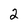
Character: 2